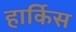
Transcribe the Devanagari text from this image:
हार्किस